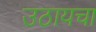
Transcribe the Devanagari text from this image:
उठायचा